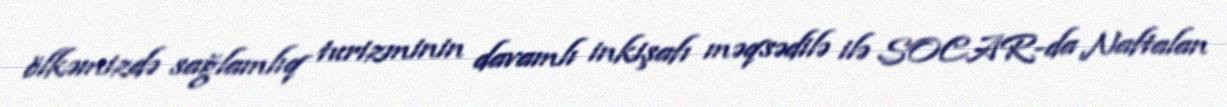
ölkəmizdə sağlamlıq turizminin davamlı inkişafı məqsədilə ilə SOCAR-da Naftalan